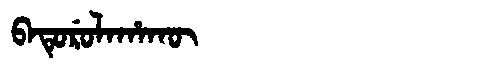
Manchu: ᠪᠠᡨᡠᡵᡠᠯᠠᡥᠠᡴᡡ
Romanization: BATURULAHAKŪ